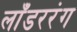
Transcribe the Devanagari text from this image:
लाँडररंग